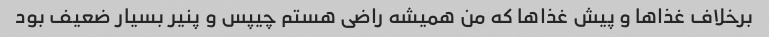
برخلاف غذاها و پیش غذاها که من همیشه راضی هستم چیپس و پنیر بسیار ضعیف بود